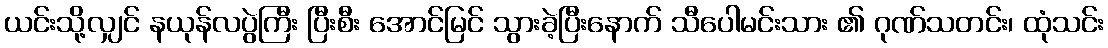
ယင်းသို့လျှင် နယုန်လပွဲကြီး ပြီးစီး အောင်မြင် သွားခဲ့ပြီးနောက် သီပေါမင်းသား ၏ ဂုဏ်သတင်း၊ ထုံသင်း